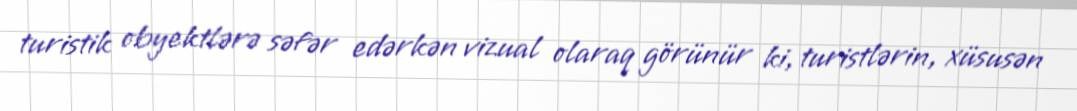
turistik obyektlərə səfər edərkən vizual olaraq görünür ki, turistlərin, xüsusən